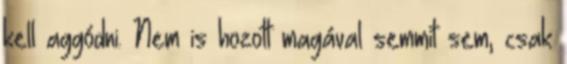
kell aggódni. Nem is hozott magával semmit sem, csak